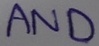
Text: AND